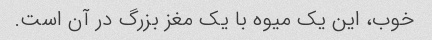
خوب، این یک میوه با یک مغز بزرگ در آن است.